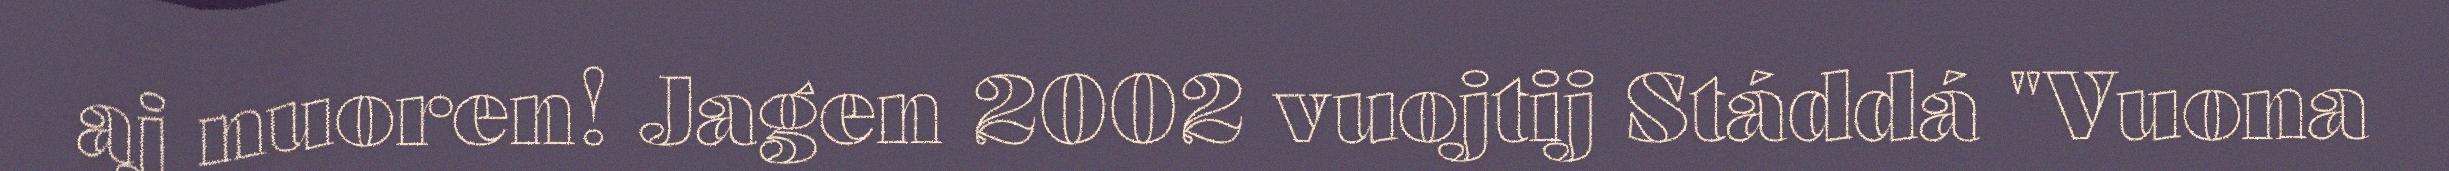
aj nuoren! Jagen 2002 vuojtij Stáddá "Vuona